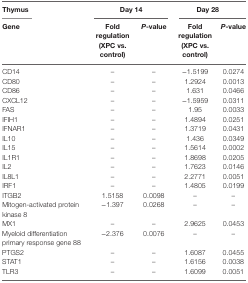
| Thymus | <COLSPAN=2> Day 14 | <COLSPAN=2> Day 28 |
 | Gene | Fold regulation (XPC vs. control) | P-value | Fold regulation (XPC vs. control) | P-value |
 | --- | --- | --- | --- | --- |
 | CD14 | – | – | −1.5199 | 0.0274 |
 | CD80 | – | – | 1.2924 | 0.0013 |
 | CD86 | – | – | 1.631 | 0.0466 |
 | CXCL12 | – | – | −1.5959 | 0.0311 |
 | FAS | – | – | 1.95 | 0.0033 |
 | IFIH1 | – | – | 1.4894 | 0.0251 |
 | IFNAR1 | – | – | 1.3719 | 0.0431 |
 | IL10 | – | – | 1.436 | 0.0349 |
 | IL15 | – | – | 1.5614 | 0.0002 |
 | IL1R1 | – | – | 1.8698 | 0.0205 |
 | IL2 | – | – | 1.7623 | 0.0146 |
 | IL8L1 | – | – | 2.2771 | 0.0051 |
 | IRF1 | – | – | 1.4805 | 0.0199 |
 | ITGB2 | 1.5158 | 0.0098 | – | – |
 | Mitogen-activated protein kinase 8 | −1.397 | 0.0268 | – | – |
 | MX1 | – | – | 2.9625 | 0.0453 |
 | Myeloid differentiation primary response gene 88 | −2.376 | 0.0076 | – | – |
 | PTGS2 | – | – | 1.6087 | 0.0455 |
 | STAT1 | – | – | 1.6156 | 0.0038 |
 | TLR3 | – | – | 1.6099 | 0.0051 |